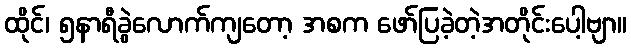
ထိုင်၊ ၅နာရီခွဲလောက်ကျတော့ အစက ဖော်ပြခဲ့တဲ့အတိုင်းပေါ့ဗျာ။